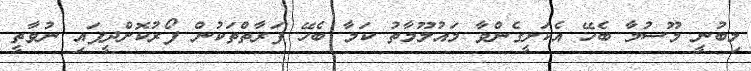
ލިބުނީ މޫސުމާ ބެހޭ އެކަށީގެންވާ މައުލޫމާތު ކަމާ ބެހޭ ފަރާތްތަކުން ފޯރުކޮށްދީފައި ނުވާތީ